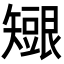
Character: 𥐇